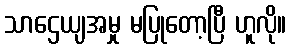
သာဌေယျအမှု မပြုတော့ပြီ ဟူလို။